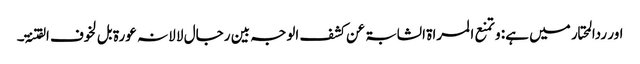
اور ردالمحتار میں ہے: و تمنع ا لمراۃ الشابۃ عن کشف الوجہ بین رجال لا لانہ عورۃ بل لخوف الفتنۃ۔